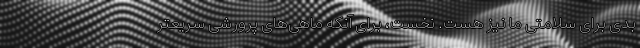
بدی برای سلامتی ما نیز هست. نخست، برای آنکه ماهی‌های پرورشی سریعتر